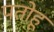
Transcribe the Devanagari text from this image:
पतोहू